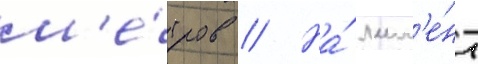
м'е́тров // На́ мом'е́нт